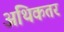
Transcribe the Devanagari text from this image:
अथिकतर